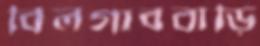
বিলগাববাড়ি